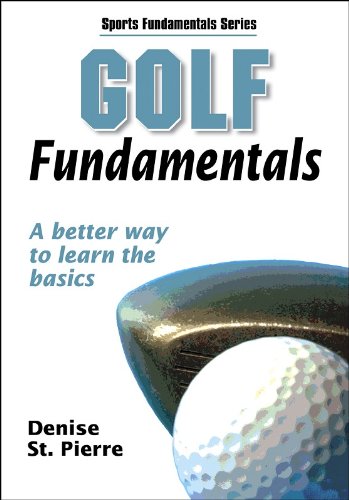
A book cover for Golf Fundamentals (Sports Fundamentals Series); Human Kinetics; Sports & Outdoors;